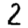
Digit: 2